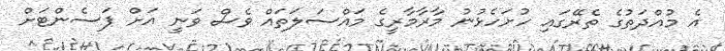
އެ މުއްދަތުގެ ތެރޭގައި ހުށަހެޅުނު މާރާމާރީގެ މައްސަލަތައް ވެސް ވަނީ އަށް ޕަސެންޓަށް